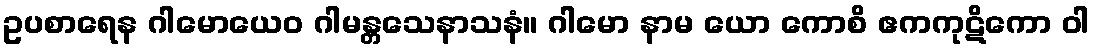
ဥပစာရေန ဂါမောယေဝ ဂါမန္တသေနာသနံ။ ဂါမော နာမ ယော ကောစိ ဧကကုဋိကော ဝါ